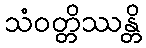
သံဝတ္တိဿန္တိ